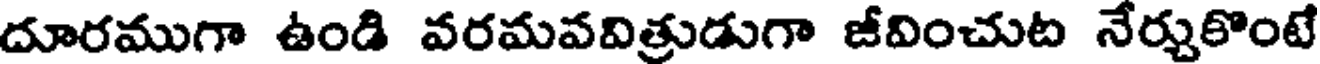
దూరముగా ఉండి వరమవవిత్రుడుగా జీవించుట నేర్చుకొంటే